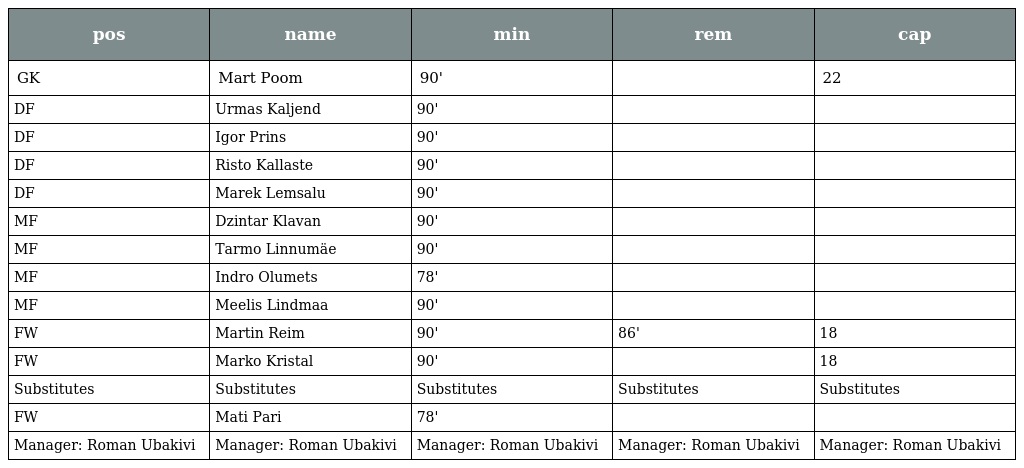
| pos | name | min | rem | cap |
 | --- | --- | --- | --- | --- |
 | GK | Mart Poom | 90' |  | 22 |
 | DF | Urmas Kaljend | 90' |  |  |
 | DF | Igor Prins | 90' |  |  |
 | DF | Risto Kallaste | 90' |  |  |
 | DF | Marek Lemsalu | 90' |  |  |
 | MF | Dzintar Klavan | 90' |  |  |
 | MF | Tarmo Linnumäe | 90' |  |  |
 | MF | Indro Olumets | 78' |  |  |
 | MF | Meelis Lindmaa | 90' |  |  |
 | FW | Martin Reim | 90' | 86' | 18 |
 | FW | Marko Kristal | 90' |  | 18 |
 | Substitutes | Substitutes | Substitutes | Substitutes | Substitutes |
 | FW | Mati Pari | 78' |  |  |
 | Manager: Roman Ubakivi | Manager: Roman Ubakivi | Manager: Roman Ubakivi | Manager: Roman Ubakivi | Manager: Roman Ubakivi |